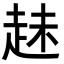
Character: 𧻇